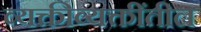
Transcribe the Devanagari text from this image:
व्यक्तीव्यक्तींतील